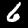
Digit: 6